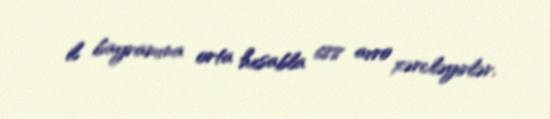
il bayramına orta hesabla 688 avro xərcləyirlər.